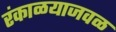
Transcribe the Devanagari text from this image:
रंकाळयाजवळ